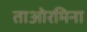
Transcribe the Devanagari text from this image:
ताओरमिना